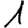
Digit: 1